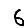
Digit: 6